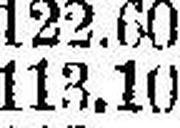
113.10